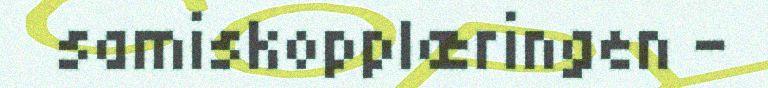
samiskopplæringen -